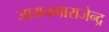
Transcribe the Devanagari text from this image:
जायचमाराजेन्द्र